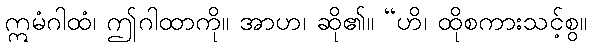
ဣမံဂါထံ၊ ဤဂါထာကို။ အာဟ၊ ဆို၏။ “ဟိ၊ ထိုစကားသင့်စွ။